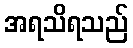
အရသိရသည်